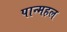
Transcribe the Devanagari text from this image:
पान्महल